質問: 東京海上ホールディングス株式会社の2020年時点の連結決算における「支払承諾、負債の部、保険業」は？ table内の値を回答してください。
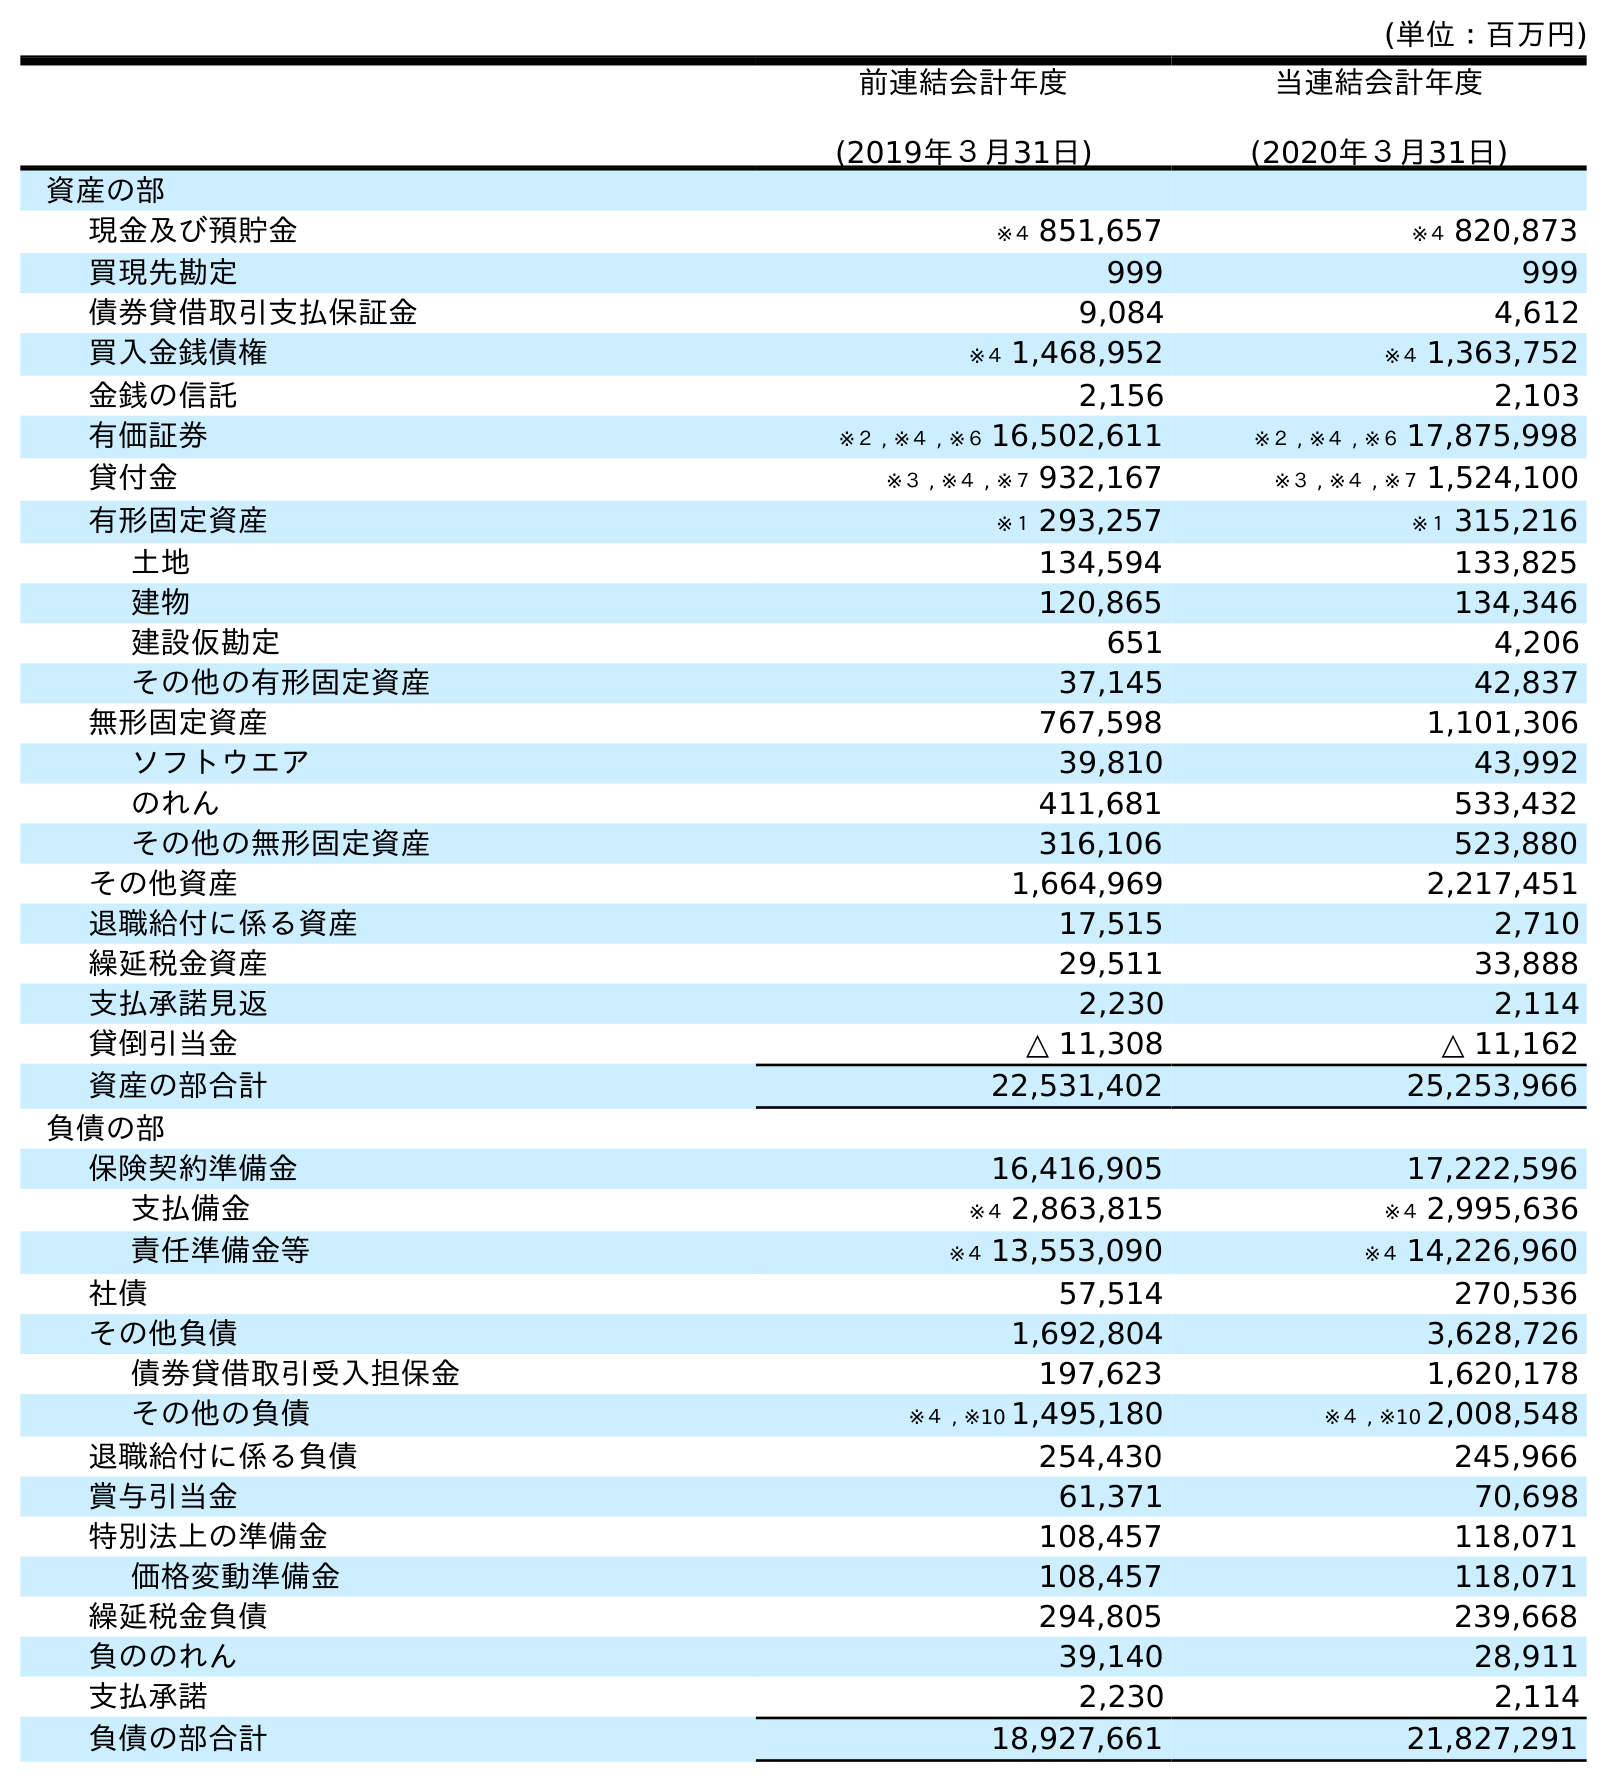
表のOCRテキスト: (単位：百万円) 前連結会計年度 (2019年３月31日) 当連結会計年度 (2020年３月31日) 資産の部 現金及び預貯金 ※４ 851,657 ※４ 820,873 買現先勘定 999 999 債券貸借取引支払保証金 9,084 4,612 買入金銭債権 ※４ 1,468,952 ※４ 1,363,752 金銭の信託 2,156 2,103 有価証券 ※２ , ※４ , ※６ 16,502,611 ※２ , ※４ , ※６ 17,875,998 貸付金 ※３ , ※４ , ※７ 932,167 ※３ , ※４ , ※７ 1,524,100 有形固定資産 ※１ 293,257 ※１ 315,216 土地 134,594 133,825 建物 120,865 134,346 建設仮勘定 651 4,206 その他の有形固定資産 37,145 42,837 無形固定資産 767,598 1,101,306 ソフトウエア 39,810 43,992 のれん 411,681 533,432 その他の無形固定資産 316,106 523,880 その他資産 1,664,969 2,217,451 退職給付に係る資産 17,515 2,710 繰延税金資産 29,511 33,888 支払承諾見返 2,230 2,114 貸倒引当金 △ 11,308 △ 11,162 資産の部合計 22,531,402 25,253,966 負債の部 保険契約準備金 16,416,905 17,222,596 支払備金 ※４ 2,863,815 ※４ 2,995,636 責任準備金等 ※４ 13,553,090 ※４ 14,226,960 社債 57,514 270,536 その他負債 1,692,804 3,628,726 債券貸借取引受入担保金 197,623 1,620,178 その他の負債 ※４ , ※10 1,495,180 ※４ , ※10 2,008,548 退職給付に係る負債 254,430 245,966 賞与引当金 61,371 70,698 特別法上の準備金 108,457 118,071 価格変動準備金 108,457 118,071 繰延税金負債 294,805 239,668 負ののれん 39,140 28,911 支払承諾 2,230 2,114 負債の部合計 18,927,661 21,827,291
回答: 2,114